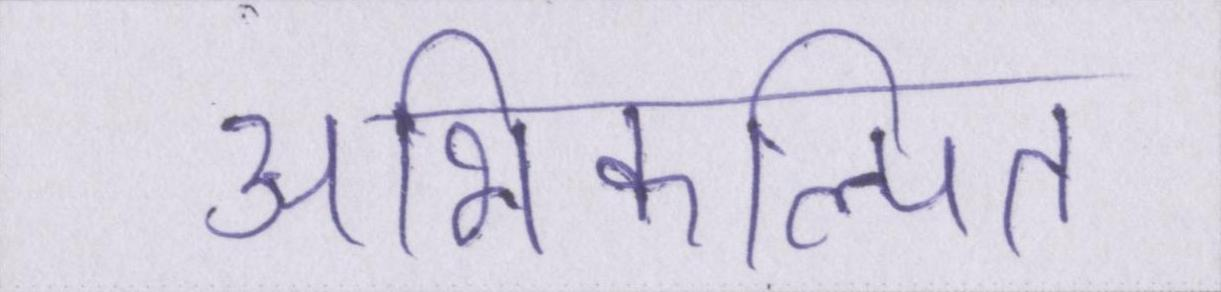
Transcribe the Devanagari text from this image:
अभिकल्पित